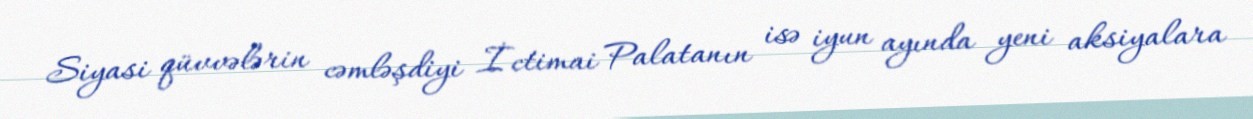
Siyasi qüvvələrin cəmləşdiyi İctimai Palatanın isə iyun ayında yeni aksiyalara